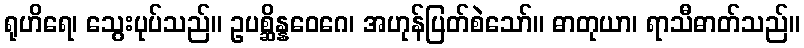
ရုဟိရေ၊ သွေးပုပ်သည်။ ဥပစ္ဆိန္နဝေဂေ၊ အဟုန်ပြတ်စဲသော်။ ဓာတုယာ၊ ရာသီဓာတ်သည်။